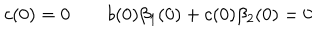
c ( 0 ) = 0 \qquad b ( 0 ) \beta _ { 1 } ( 0 ) + c ( 0 ) \beta _ { 2 } ( 0 ) = 0